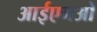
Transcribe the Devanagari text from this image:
आईएनओ